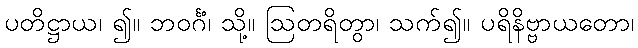
ပတိဋ္ဌာယ၊ ၍။ ဘဝင်္ဂံ၊ သို့။ ဩတရိတွာ၊ သက်၍။ ပရိနိဗ္ဗာယတော၊